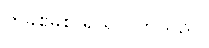
တခစ်ခစ် ရယ်လိုက်သည်။